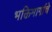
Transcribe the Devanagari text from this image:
भक्तिमार्गाचे